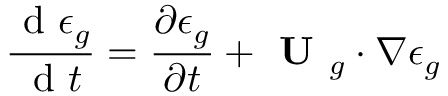
\frac { \mathrm { ~ d ~ } \epsilon _ { g } } { \mathrm { ~ d ~ } t } = \frac { \partial \epsilon _ { g } } { \partial t } + \textbf { U } _ { g } \cdot \nabla \epsilon _ { g }